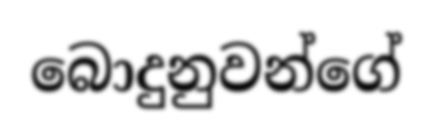
බොදුනුවන්ගේ